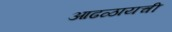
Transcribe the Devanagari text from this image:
आढळायची